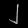
Digit: ၂